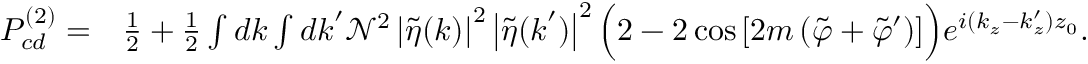
\begin{array} { r l } { P _ { c d } ^ { ( 2 ) } = } & { \frac { 1 } { 2 } + \frac { 1 } { 2 } \int d \boldsymbol { k } \int d \boldsymbol { k } ^ { \prime } \mathcal { N } ^ { 2 } \left| \tilde { \eta } ( \boldsymbol { k } ) \right| ^ { 2 } \left| \tilde { \eta } ( \boldsymbol { k } ^ { \prime } ) \right| ^ { 2 } \Big ( 2 - 2 \cos { \left[ 2 m \left( \tilde { \varphi } + \tilde { \varphi } ^ { \prime } \right) \right] } \Big ) e ^ { i ( k _ { z } - k _ { z } ^ { \prime } ) z _ { 0 } } . } \end{array}